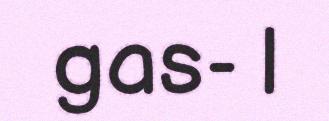
gas- |